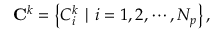
\begin{array} { r } { \mathbf { C } ^ { k } = \left\{ C _ { i } ^ { k } \mid i = 1 , 2 , \cdots , N _ { p } \right\} , } \end{array}